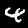
Label: 4